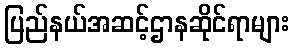
ပြည်နယ်အဆင့်ဌာနဆိုင်ရာများ